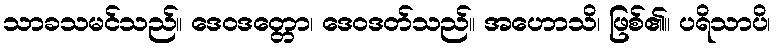
သာခသမင်သည်။ ဒေဝဒတ္တော၊ ဒေဝဒတ်သည်။ အဟောသိ၊ ဖြစ်၏။ ပရိသာပိ၊